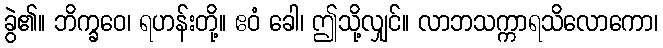
ခွဲ၏။ ဘိက္ခဝေ၊ ရဟန်းတို့။ ဧဝံ ခေါ၊ ဤသို့လျှင်။ လာဘသက္ကာရသိလောကော၊